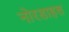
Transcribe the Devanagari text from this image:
नोरडाहल